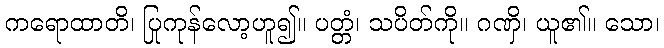
ကရောထာတိ၊ ပြုကုန်လော့ဟူ၍။ ပတ္တံ၊ သပိတ်ကို။ ဂဏှိ၊ ယူ၏။ သော၊